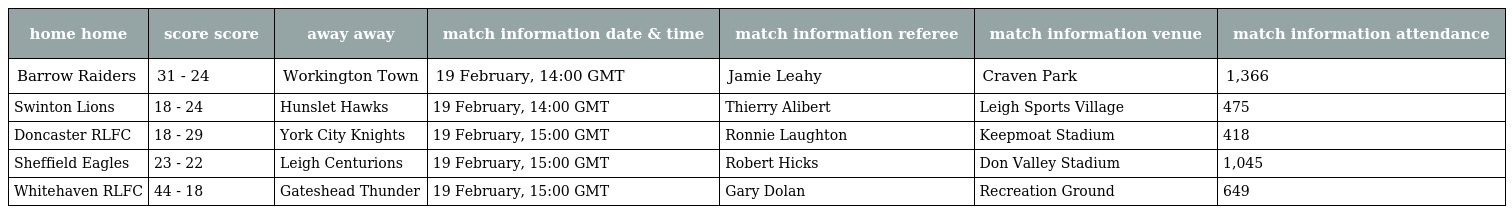
| home home | score score | away away | match information date & time | match information referee | match information venue | match information attendance |
 | --- | --- | --- | --- | --- | --- | --- |
 | Barrow Raiders | 31 - 24 | Workington Town | 19 February, 14:00 GMT | Jamie Leahy | Craven Park | 1,366 |
 | Swinton Lions | 18 - 24 | Hunslet Hawks | 19 February, 14:00 GMT | Thierry Alibert | Leigh Sports Village | 475 |
 | Doncaster RLFC | 18 - 29 | York City Knights | 19 February, 15:00 GMT | Ronnie Laughton | Keepmoat Stadium | 418 |
 | Sheffield Eagles | 23 - 22 | Leigh Centurions | 19 February, 15:00 GMT | Robert Hicks | Don Valley Stadium | 1,045 |
 | Whitehaven RLFC | 44 - 18 | Gateshead Thunder | 19 February, 15:00 GMT | Gary Dolan | Recreation Ground | 649 |